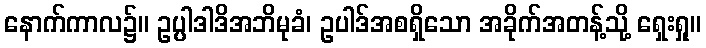
နောက်ကာလ၌။ ဥပ္ပါဒါဒိအဘိမုခံ၊ ဥပါဒ်အစရှိသော အခိုက်အတန့်သို့ ရှေးရှု။